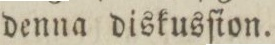
denna diskusſion.